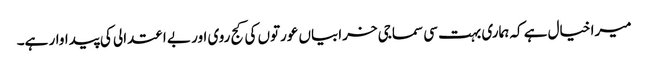
میرا خیال ہے کہ ہماری بہت سی سماجی خرابیاں عورتوں کی کج روی اور بے اعتدالی کی پیداوار ہے۔